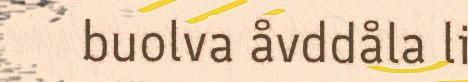
buolva åvddåla li